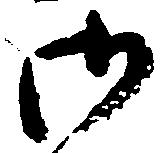
御